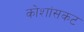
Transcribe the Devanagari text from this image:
कोशांसकट